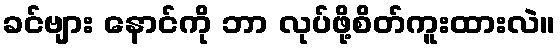
ခင်ဗျား နောင်ကို ဘာ လုပ်ဖို့စိတ်ကူးထားလဲ။